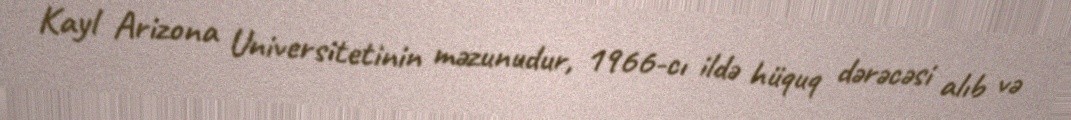
Kayl Arizona Universitetinin məzunudur, 1966-cı ildə hüquq dərəcəsi alıb və